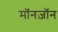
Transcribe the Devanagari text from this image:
मॉनज़ॉन